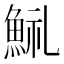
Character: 𩷋